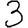
Digit: 3